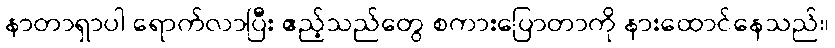
နာတာရှာပါ ရောက်လာပြီး ဧည့်သည်တွေ စကားပြောတာကို နားထောင်နေသည်။